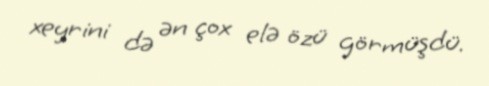
xeyrini də ən çox elə özü görmüşdü.